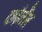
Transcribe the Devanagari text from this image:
कौर्नेत